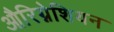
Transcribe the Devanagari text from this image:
औरिग्नेशियन